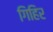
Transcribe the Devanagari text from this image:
गिहिर